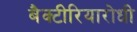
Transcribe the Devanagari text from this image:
बैक्टीरियारोधी